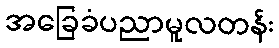
အခြေခံပညာမူလတန်း